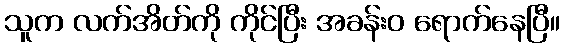
သူက လက်အိတ်ကို ကိုင်ပြီး အခန်းဝ ရောက်နေပြီ။